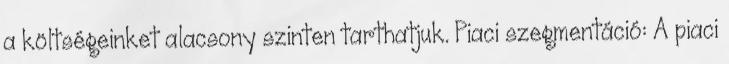
a költségeinket alacsony szinten tarthatjuk. Piaci szegmentáció: A piaci